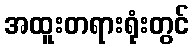
အထူးတရားရုံးတွင်